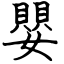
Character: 嬰